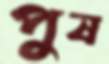
পুষ